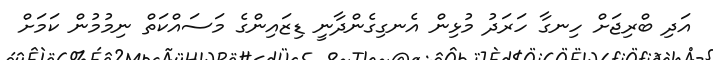
އަދި ބްރިޖަށް ހިނގާ ހަރަދު މުޅިން އެނގިގެންދާނީ ޑިޒައިންގެ މަސައްކަތް ނިމުމުން ކަމަށް